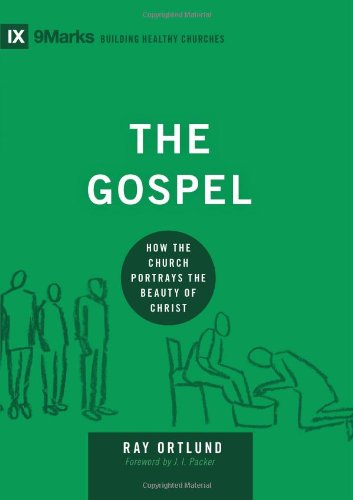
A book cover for The Gospel: How the Church Portrays the Beauty of Christ (9Marks: Building Healthy Churches); Raymond C. Ortlund Jr.; Christian Books & Bibles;